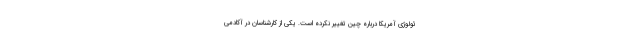
ئولوژی آمریکا درباره چین تغییر نکرده است. یکی از کارشناسان در آکادمی